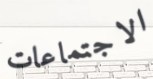
الاجتماعات